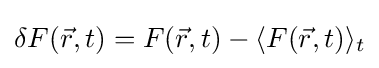
\delta F({\vec {r}},t)=F({\vec {r}},t)-\langle F({\vec {r}},t)\rangle _{t}